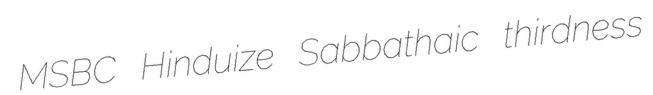
MSBC Hinduize Sabbathaic thirdness